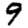
Digit: 9